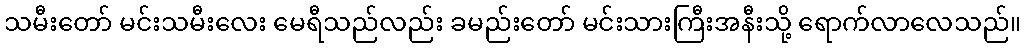
သမီးတော် မင်းသမီးလေး မေရီသည်လည်း ခမည်းတော် မင်းသားကြီးအနီးသို့ ရောက်လာလေသည်။